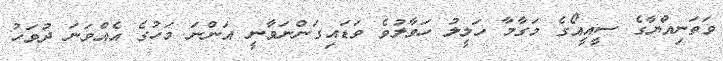
ވަތަނިއްޔާގެ ސީއީއޯގެ މަގާމާ ހަލީލު ހަވާލުވެ ވަޑައިގަންނަވާނީ އަންނަ މަހުގެ އެއްވަނަ ދުވަހު